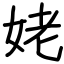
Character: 姥